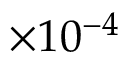
\times 1 0 ^ { - 4 }